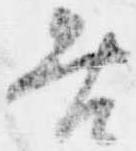
咎